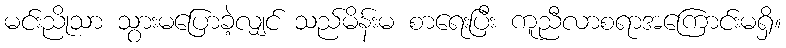
မင်းညိုသာ သွားမပြောခဲ့လျှင် သည်မိန်းမ စာရေးပြီး ကူညီလာစရာအကြောင်းမရှိ။